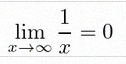
\lim_{x\to\infty}\frac{1}{x}=0